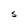
Character: S